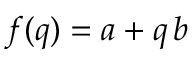
\; f ( q ) = a + q \, b